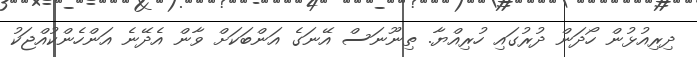
ދިރިއުޅުން ހޯދަން ދުރުގައި ހުރިއްޔާ. ތިނޫނަސް އޭނަގެ އަންބަކަށް ވާން އެދޭނެ އަންހެންކުއްޖަކު